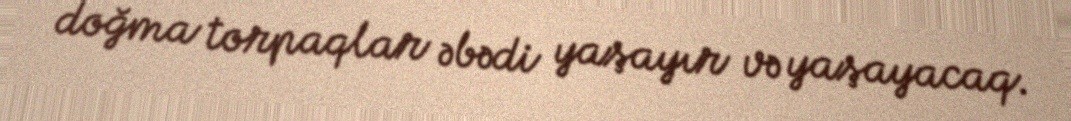
doğma torpaqlar əbədi yaşayır və yaşayacaq.